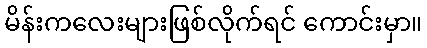
မိန်းကလေးများဖြစ်လိုက်ရင် ကောင်းမှာ။